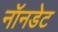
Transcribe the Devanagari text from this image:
नॉनडेट